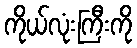
ကိုယ်လုံးကြီးကို